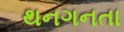
થનગનતા